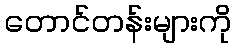
တောင်တန်းများကို